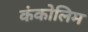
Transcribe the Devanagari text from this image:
कंकोलिम